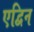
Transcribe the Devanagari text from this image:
एद्विन